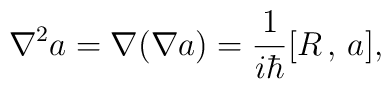
\nabla ^2a=\nabla (\nabla a)=\frac 1{i\hbar }[R\,,\,a],